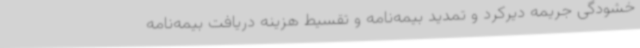
خشودگی جریمه دیرکرد و تمدید بیمه‌نامه و تقسیط هزینه دریافت بیمه‌نامه